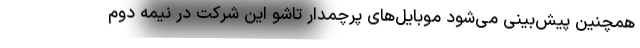
همچنین پیش‌بینی می‌شود موبایل‌های پرچمدار تاشو این شرکت در نیمه دوم